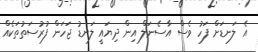
އެ ލަނޑަށް ފަހު ވެސް އާސެނަލް އިން ދިޔައީ ލަނޑު ޖަހަން ފުރުސަތުތަކެއް